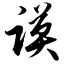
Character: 谟